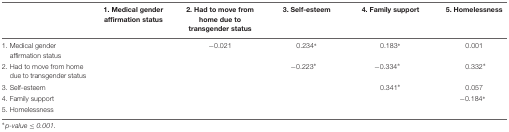
<table><thead><tr><td></td><td><b>1. Medical gender affirmation status</b></td><td><b>2. Had to move from home due to transgender status</b></td><td><b>3. Self-esteem</b></td><td><b>4. Family support</b></td><td><b>5. Homelessness</b></td></tr></thead><tbody><tr><td>1. Medical gender affirmation status</td><td></td><td>-0.021</td><td>0.234<sup>∗</sup></td><td>0.183<sup>∗</sup></td><td>0.001</td></tr><tr><td>2. Had to move from home due to transgender status</td><td></td><td></td><td>-0.223<sup>∗</sup></td><td>-0.334<sup>∗</sup></td><td>0.332<sup>∗</sup></td></tr><tr><td>3. Self-esteem</td><td></td><td></td><td></td><td>0.341<sup>∗</sup></td><td>0.057</td></tr><tr><td>4. Family support</td><td></td><td></td><td></td><td></td><td>-0.184<sup>∗</sup></td></tr><tr><td>5. Homelessness</td><td></td><td></td><td></td><td></td><td></td></tr></tbody></table>